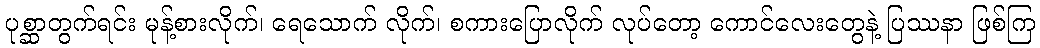
ပုစ္ဆာတွက်ရင်း မုန့်စားလိုက်၊ ရေသောက် လိုက်၊ စကားပြောလိုက် လုပ်တော့ ကောင်လေးတွေနဲ့ ပြဿနာ ဖြစ်ကြ